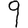
Digit: 9